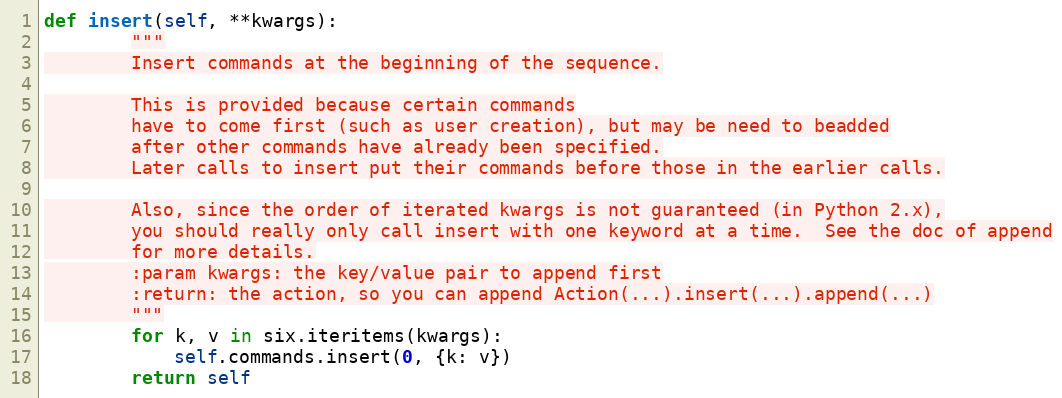
Language: Python
def insert(self, **kwargs):
        """
        Insert commands at the beginning of the sequence.

        This is provided because certain commands
        have to come first (such as user creation), but may be need to beadded
        after other commands have already been specified.
        Later calls to insert put their commands before those in the earlier calls.

        Also, since the order of iterated kwargs is not guaranteed (in Python 2.x),
        you should really only call insert with one keyword at a time.  See the doc of append
        for more details.
        :param kwargs: the key/value pair to append first
        :return: the action, so you can append Action(...).insert(...).append(...)
        """
        for k, v in six.iteritems(kwargs):
            self.commands.insert(0, {k: v})
        return self